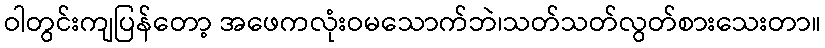
ဝါတွင်းကျပြန်တော့ အဖေကလုံးဝမသောက်ဘဲ၊သတ်သတ်လွတ်စားသေးတာ။